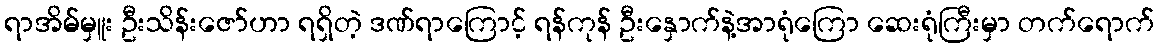
ရာအိမ်မှူး ဦးသိန်းဇော်ဟာ ရရှိတဲ့ ဒဏ်ရာကြောင့် ရန်ကုန် ဦးနှောက်နဲ့အာရုံကြော ဆေးရုံကြီးမှာ တက်ရောက်